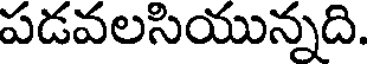
పడవలసియున్నది.